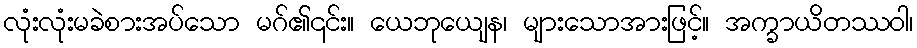
လုံးလုံးမခဲစားအပ်သော မဂ်၏၎င်း။ ယေဘုယျေန၊ များသောအားဖြင့်။ အက္ခာယိတဿဝါ၊